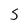
Character: S